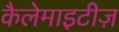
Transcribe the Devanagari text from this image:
कैलेमाइटीज़